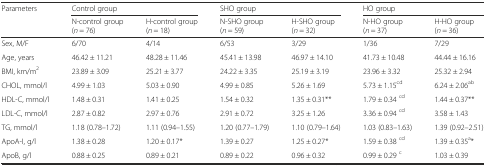
<table><thead><tr><td><b>Parameters</b></td><td colspan="2"><b>Control group</b></td><td colspan="2"><b>SHO group</b></td><td colspan="2"><b>HO group</b></td></tr><tr><td></td><td><b>N-control group (<i>n</i> = 76)</b></td><td><b>H-control group (<i>n</i> = 18)</b></td><td><b>N-SHO group (<i>n</i> = 59)</b></td><td><b>H-SHO group (<i>n</i> = 32)</b></td><td><b>N-HO group (<i>n</i> = 37)</b></td><td><b>H-HO group (<i>n</i> = 36)</b></td></tr></thead><tbody><tr><td>Sex, M/F</td><td>6/70</td><td>4/14</td><td>6/53</td><td>3/29</td><td>1/36</td><td>7/29</td></tr><tr><td>Age, years</td><td>46.42 ± 11.21</td><td>48.28 ± 11.46</td><td>45.41 ± 13.98</td><td>46.97 ± 14.10</td><td>41.73 ± 10.48</td><td>44.44 ± 16.16</td></tr><tr><td>BMI, km/m<sup>2</sup></td><td>23.89 ± 3.09</td><td>25.21 ± 3.77</td><td>24.22 ± 3.35</td><td>25.19 ± 3.19</td><td>23.96 ± 3.32</td><td>25.32 ± 2.94</td></tr><tr><td>CHOL, mmol/l</td><td>4.99 ± 1.03</td><td>5.03 ± 0.90</td><td>4.99 ± 0.85</td><td>5.26 ± 1.69</td><td>5.73 ± 1.15<sup>cd</sup></td><td>6.24 ± 2.06<sup>ab</sup></td></tr><tr><td>HDL-C, mmol/l</td><td>1.48 ± 0.31</td><td>1.41 ± 0.25</td><td>1.54 ± 0.32</td><td>1.35 ± 0.31**</td><td>1.79 ± 0.34 <sup>cd</sup></td><td>1.44 ± 0.37**</td></tr><tr><td>LDL-C, mmol/l</td><td>2.87 ± 0.82</td><td>2.97 ± 0.76</td><td>2.91 ± 0.72</td><td>3.25 ± 1.26</td><td>3.36 ± 0.94 <sup>cd</sup></td><td>3.58 ± 1.43</td></tr><tr><td>TG, mmol/l</td><td>1.18 (0.78–1.72)</td><td>1.11 (0.94–1.55)</td><td>1.20 (0.77–1.79)</td><td>1.10 (0.79–1.64)</td><td>1.03 (0.83–1.63)</td><td>1.39 (0.92–2.51)</td></tr><tr><td>ApoA-I, g/l</td><td>1.38 ± 0.28</td><td>1.20 ± 0.17*</td><td>1.39 ± 0.27</td><td>1.25 ± 0.27*</td><td>1.59 ± 0.38 <sup>cd</sup></td><td>1.39 ± 0.35<sup>a</sup>*</td></tr><tr><td>ApoB, g/l</td><td>0.88 ± 0.25</td><td>0.89 ± 0.21</td><td>0.89 ± 0.22</td><td>0.96 ± 0.32</td><td>0.99 ± 0.29 <sup>c</sup></td><td>1.03 ± 0.39</td></tr></tbody></table>